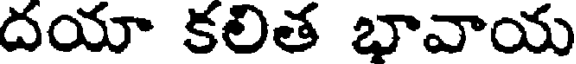
దయా కలిత భావాయ